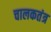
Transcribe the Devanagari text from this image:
चालकतंत्र